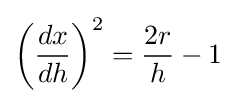
\left({\frac {dx}{dh}}\right)^{2}={\frac {2r}{h}}-1